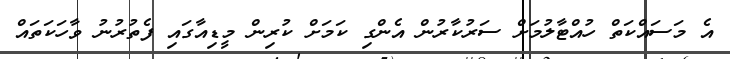
އެ މަސައްކަތް ހުއްޓާލުމަށް ސަރުކާރުން އެންގި ކަމަށް ކުރިން މީޑިއާގައި ފެތުރުނު ވާހަކަތައް